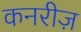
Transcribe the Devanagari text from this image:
कनरीज़